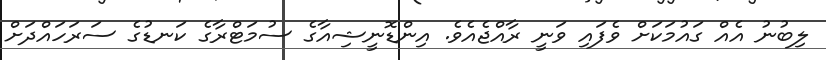
ލިބުނު އެއް ގައުމަކަށް ވެފައި ވަނީ ރާއްޖެއެވެ. އިންޑޮނީޝިއާގެ ސުމަޓްރާގެ ކަނޑުގެ ސަރަހައްދަށް